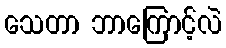
သေတာ ဘာကြောင့်လဲ